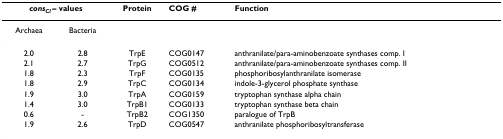
| <COLSPAN=2> consCl – values | Protein | COG # | Function |
 | --- | --- | --- | --- | --- |
 | Archaea | Bacteria |  |  |  |
 | 2.0 | 2.8 | TrpE | COG0147 | anthranilate/para-aminobenzoate synthases comp. I |
 | 2.1 | 2.7 | TrpG | COG0512 | anthranilate/para-aminobenzoate synthases comp. II |
 | 1.8 | 2.3 | TrpF | COG0135 | phosphoribosylanthranilate isomerase |
 | 1.8 | 2.9 | TrpC | COG0134 | indole-3-glycerol phosphate synthase |
 | 1.9 | 3.0 | TrpA | COG0159 | tryptophan synthase alpha chain |
 | 1.4 | 3.0 | TrpB1 | COG0133 | tryptophan synthase beta chain |
 | 0.6 | - | TrpB2 | COG1350 | paralogue of TrpB |
 | 1.9 | 2.6 | TrpD | COG0547 | anthranilate phosphoribosyltransferase |